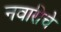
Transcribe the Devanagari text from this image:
नवारीचे